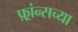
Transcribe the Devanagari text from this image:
फ़्रांन्सच्या